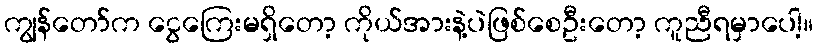
ကျွန်တော်က ငွေကြေးမရှိတော့ ကိုယ်အားနဲ့ပဲဖြစ်စေဦးတော့ ကူညီရမှာပေါ့။